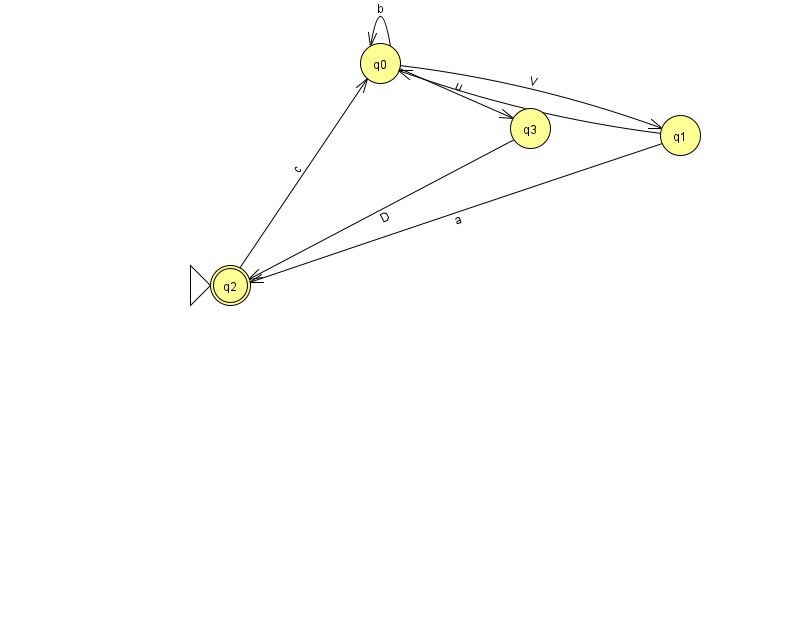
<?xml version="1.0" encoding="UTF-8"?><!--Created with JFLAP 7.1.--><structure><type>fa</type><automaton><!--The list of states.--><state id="0" name="q0"><x>380.0</x><y>50.0</y></state><state id="1" name="q1"><x>680.0</x><y>122.0</y></state><state id="2" name="q2"><x>230.0</x><y>272.0</y><initial/><final/></state><state id="3" name="q3"><x>530.0</x><y>115.0</y></state><!--The list of transitions.--><transition><from>0</from><to>0</to><read>b</read></transition><transition><from>2</from><to>0</to><read>c</read></transition><transition><from>3</from><to>2</to><read>D</read></transition><transition><from>0</from><to>1</to><read>V</read></transition><transition><from>0</from><to>3</to><read>u</read></transition><transition><from>1</from><to>0</to><read>G</read></transition><transition><from>1</from><to>2</to><read>a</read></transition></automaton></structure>